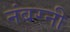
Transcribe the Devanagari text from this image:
नंबरनी